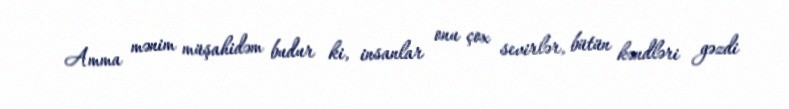
Amma mənim müşahidəm budur ki, insanlar onu çox sevirlər, bütün kəndləri gəzdi